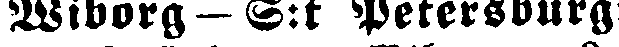
Wiborg — S:t Petersburg: